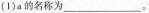
(1)a的名称为___。